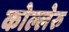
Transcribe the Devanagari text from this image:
कोल्लेरु